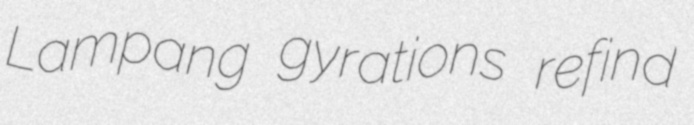
Lampang gyrations refind